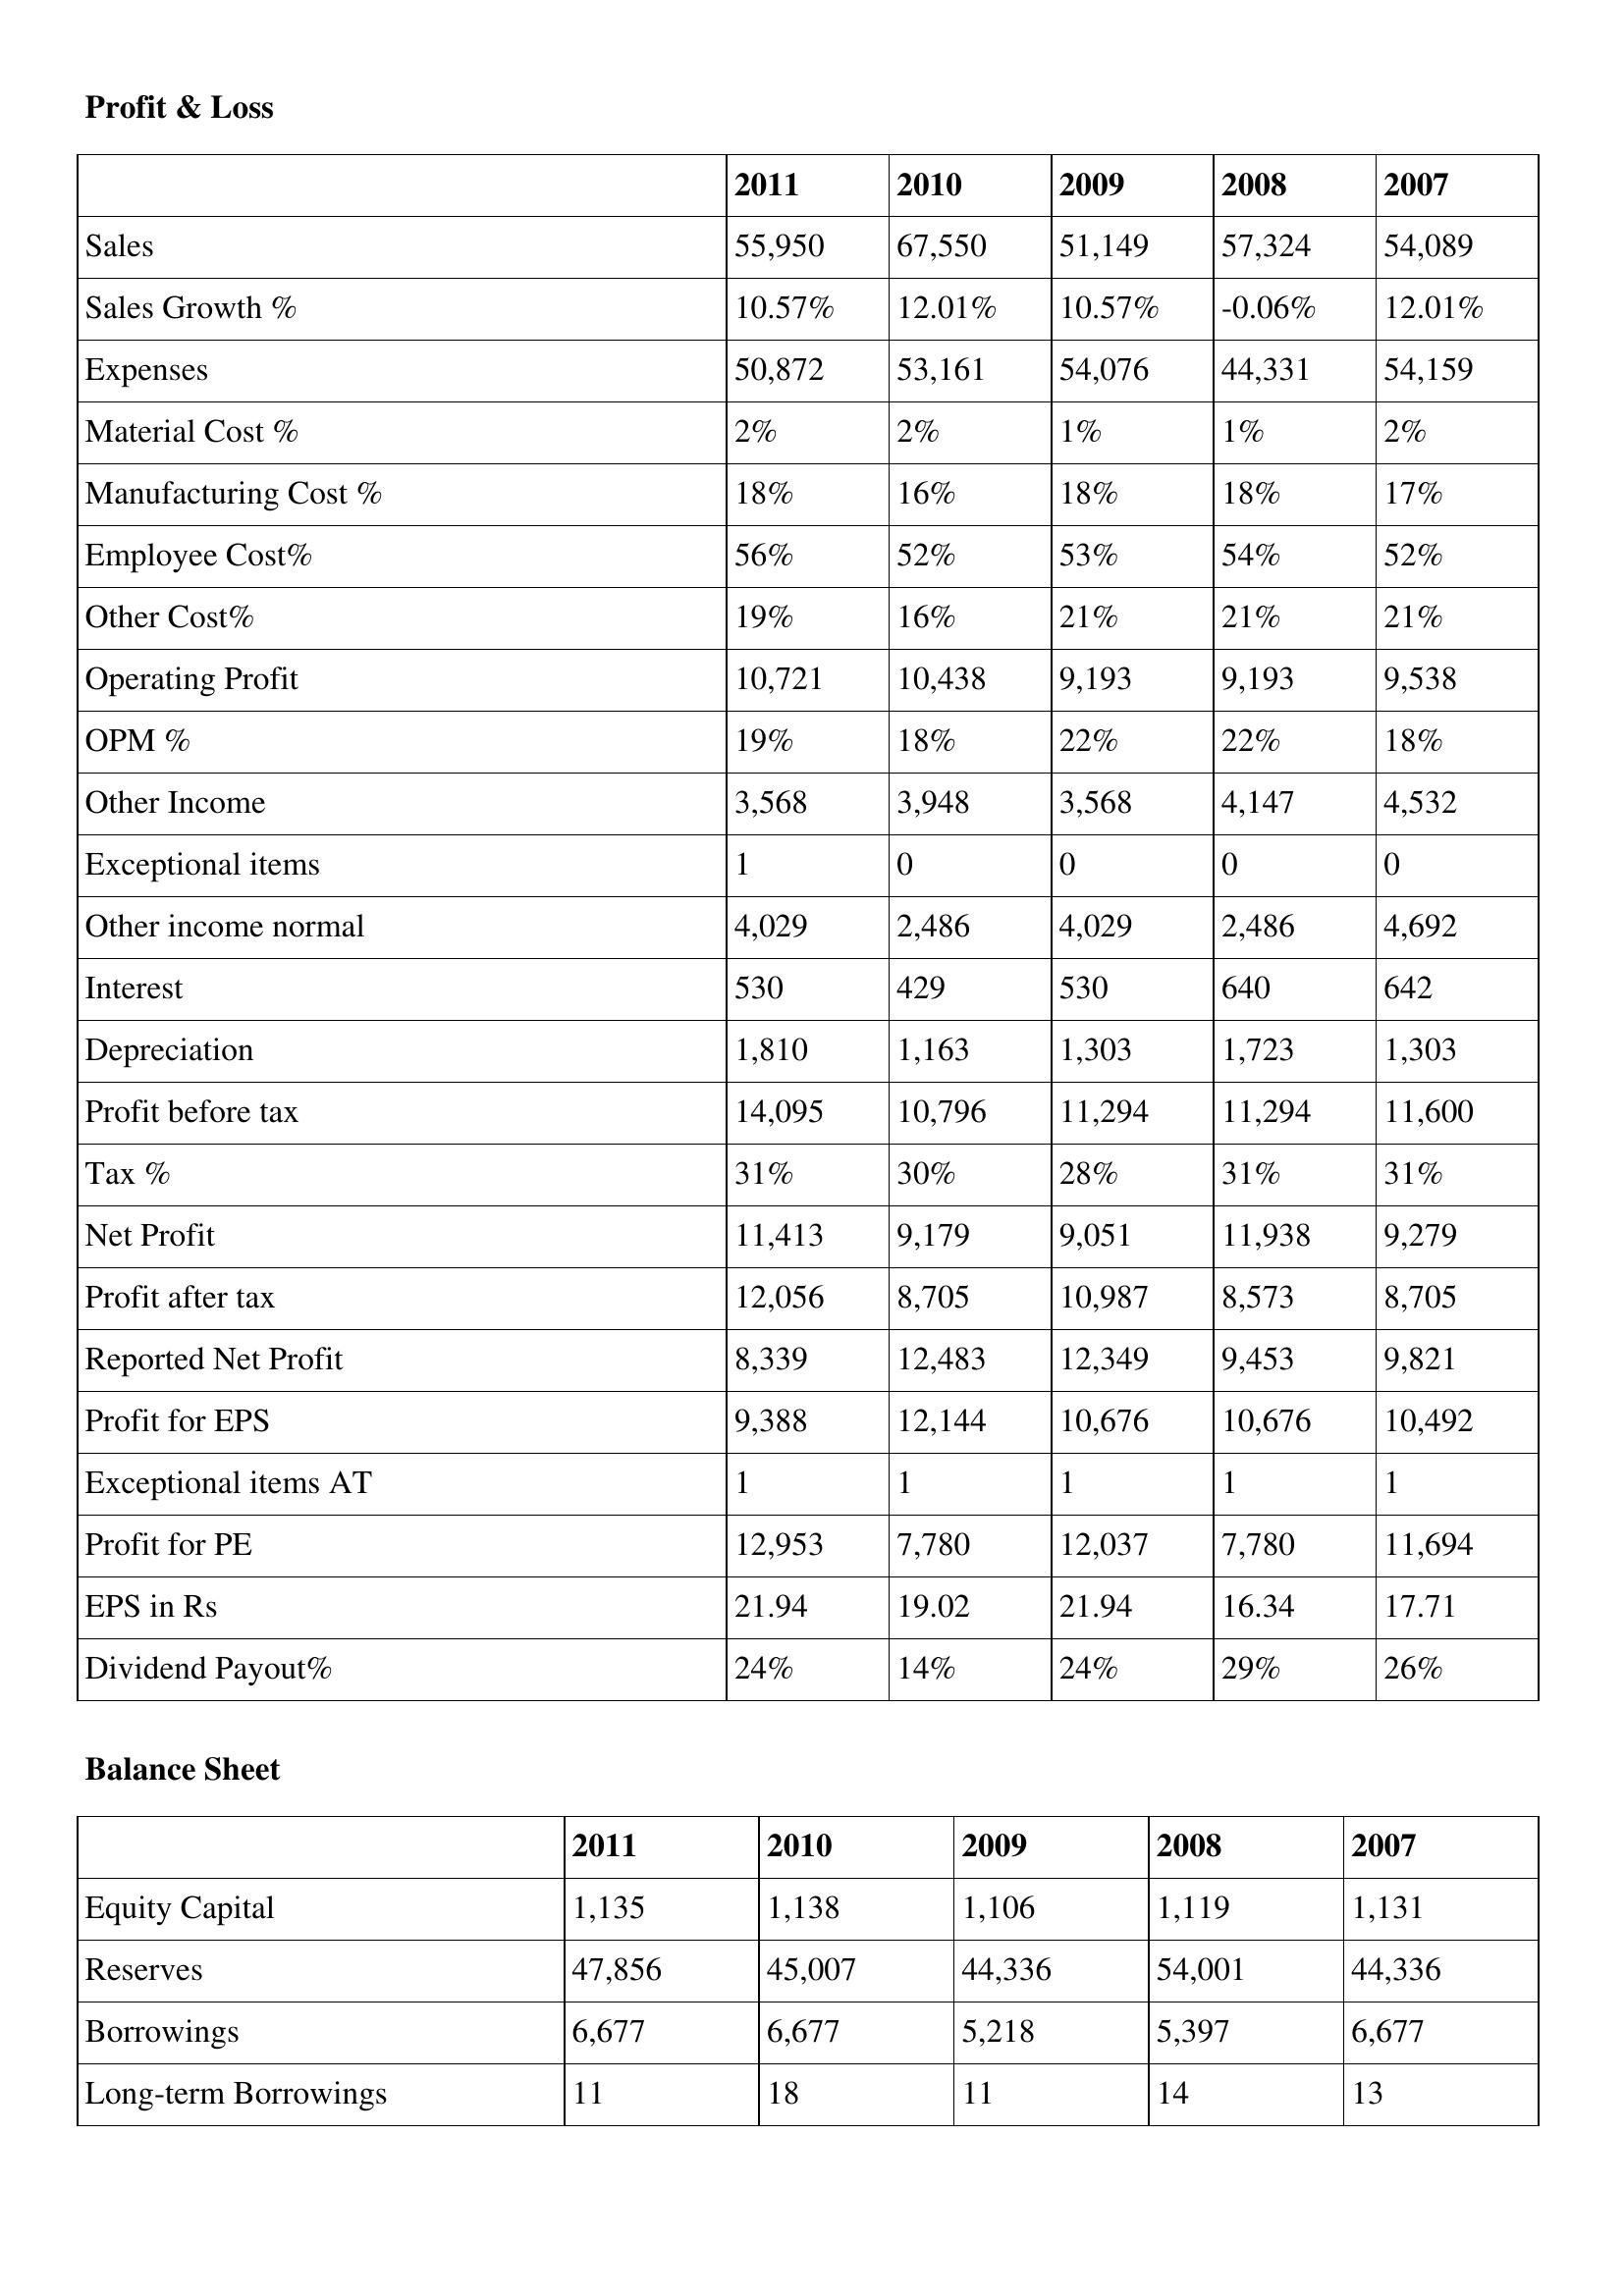
gt_parse: 2011: Profit & Loss: Sales: 55,950
Sales Growth %: 10.57%
Expenses: 50,872
Material Cost %: 2%
Manufacturing Cost %: 18%
Employee Cost%: 56%
Other Cost%: 19%
Operating Profit: 10,721
OPM %: 19%
Other Income: 3,568
Exceptional items: 1
Other income normal: 4,029
Interest: 530
Depreciation: 1,810
Profit before tax: 14,095
Tax %: 31%
Net Profit: 11,413
Profit after tax: 12,056
Reported Net Profit: 8,339
Profit for EPS: 9,388
Exceptional items AT: 1
Profit for PE: 12,953
EPS in Rs: 21.94
Dividend Payout%: 24%
Balance Sheet: Equity Capital: 1,135
Reserves: 47,856
Borrowings: 6,677
Long-term Borrowings: 11
2010: Profit & Loss: Sales: 67,550
Sales Growth %: 12.01%
Expenses: 53,161
Material Cost %: 2%
Manufacturing Cost %: 16%
Employee Cost%: 52%
Other Cost%: 16%
Operating Profit: 10,438
OPM %: 18%
Other Income: 3,948
Exceptional items: 0
Other income normal: 2,486
Interest: 429
Depreciation: 1,163
Profit before tax: 10,796
Tax %: 30%
Net Profit: 9,179
Profit after tax: 8,705
Reported Net Profit: 12,483
Profit for EPS: 12,144
Exceptional items AT: 1
Profit for PE: 7,780
EPS in Rs: 19.02
Dividend Payout%: 14%
Balance Sheet: Equity Capital: 1,138
Reserves: 45,007
Borrowings: 6,677
Long-term Borrowings: 18
2009: Profit & Loss: Sales: 51,149
Sales Growth %: 10.57%
Expenses: 54,076
Material Cost %: 1%
Manufacturing Cost %: 18%
Employee Cost%: 53%
Other Cost%: 21%
Operating Profit: 9,193
OPM %: 22%
Other Income: 3,568
Exceptional items: 0
Other income normal: 4,029
Interest: 530
Depreciation: 1,303
Profit before tax: 11,294
Tax %: 28%
Net Profit: 9,051
Profit after tax: 10,987
Reported Net Profit: 12,349
Profit for EPS: 10,676
Exceptional items AT: 1
Profit for PE: 12,037
EPS in Rs: 21.94
Dividend Payout%: 24%
Balance Sheet: Equity Capital: 1,106
Reserves: 44,336
Borrowings: 5,218
Long-term Borrowings: 11
2008: Profit & Loss: Sales: 57,324
Sales Growth %: -0.06%
Expenses: 44,331
Material Cost %: 1%
Manufacturing Cost %: 18%
Employee Cost%: 54%
Other Cost%: 21%
Operating Profit: 9,193
OPM %: 22%
Other Income: 4,147
Exceptional items: 0
Other income normal: 2,486
Interest: 640
Depreciation: 1,723
Profit before tax: 11,294
Tax %: 31%
Net Profit: 11,938
Profit after tax: 8,573
Reported Net Profit: 9,453
Profit for EPS: 10,676
Exceptional items AT: 1
Profit for PE: 7,780
EPS in Rs: 16.34
Dividend Payout%: 29%
Balance Sheet: Equity Capital: 1,119
Reserves: 54,001
Borrowings: 5,397
Long-term Borrowings: 14
2007: Profit & Loss: Sales: 54,089
Sales Growth %: 12.01%
Expenses: 54,159
Material Cost %: 2%
Manufacturing Cost %: 17%
Employee Cost%: 52%
Other Cost%: 21%
Operating Profit: 9,538
OPM %: 18%
Other Income: 4,532
Exceptional items: 0
Other income normal: 4,692
Interest: 642
Depreciation: 1,303
Profit before tax: 11,600
Tax %: 31%
Net Profit: 9,279
Profit after tax: 8,705
Reported Net Profit: 9,821
Profit for EPS: 10,492
Exceptional items AT: 1
Profit for PE: 11,694
EPS in Rs: 17.71
Dividend Payout%: 26%
Balance Sheet: Equity Capital: 1,131
Reserves: 44,336
Borrowings: 6,677
Long-term Borrowings: 13